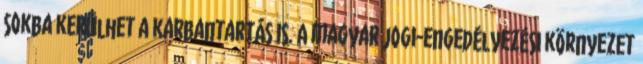
sokba kerülhet a karbantartás is. A magyar jogi-engedélyezési környezet